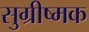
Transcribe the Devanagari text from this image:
सुग्रीष्मक